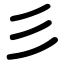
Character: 彡